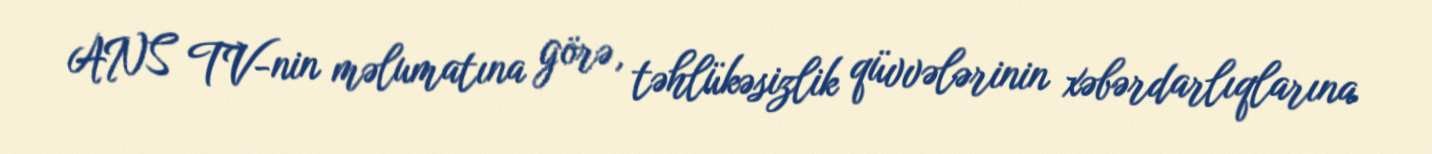
ANS TV-nin məlumatına görə, təhlükəsizlik qüvvələrinin xəbərdarlıqlarına